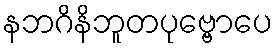
နဘဂိနိဘူတပုဗ္ဗောပေ